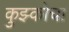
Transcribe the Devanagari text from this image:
कुझ्कोचा